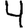
Digit: 4